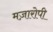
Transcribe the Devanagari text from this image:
मज़ारोपी